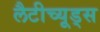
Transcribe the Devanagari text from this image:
लैटीच्यूड्स